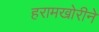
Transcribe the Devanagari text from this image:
हरामखोरीने